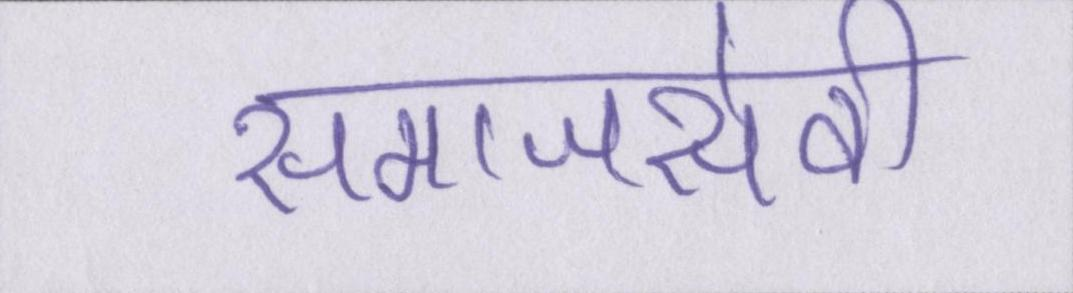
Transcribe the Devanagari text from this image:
समाजसेवी